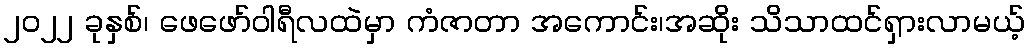
၂၀၂၂ ခုနှစ်၊ ဖေဖော်ဝါရီလထဲမှာ ကံဇာတာ အကောင်း၊အဆိုး သိသာထင်ရှားလာမယ့်